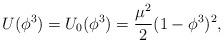
LaTeX: \begin{align*}U(\phi^3)=U_0 (\phi^3)=\frac{\mu^2}{2} (1-\phi^3)^2 ,\end{align*}